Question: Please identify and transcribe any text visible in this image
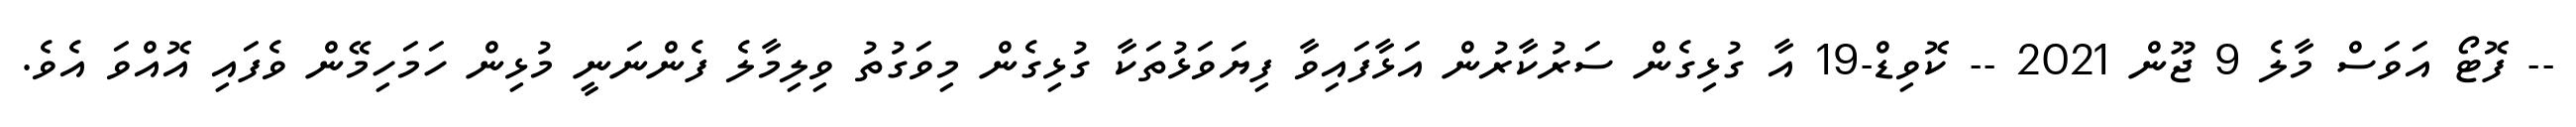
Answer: -- ފޮޓޯ އަވަސް މާލެ 9 ޖޫން 2021 -- ކޮވިޑް-19 އާ ގުޅިގެން ސަރުކާރުން އަޅާފައިވާ ފިޔަވަޅުތަކާ ގުޅިގެން މިވަގުތު ވިލިމާލެ ފެންނަނީ މުޅިން ހަމަހިމޭން ވެފައި އޮއްވަ އެވެ.